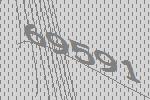
69591